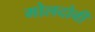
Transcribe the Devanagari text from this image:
मोलदोवी